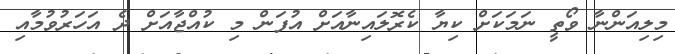
މިލިއަންނާ ވޯތީ ނަމަކަށް ކިޔާ ކެރޮލައިނާއަށް އުފަން މި ކުއްޖާއަށް ދެ އަހަރުވުމާއި